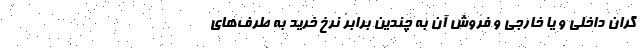
گران داخلی و یا خارجی و فروش آن به چندین برابر نرخ خرید به طرف‌های